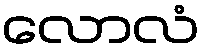
လောလံ